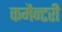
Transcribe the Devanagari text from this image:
कमैन्टरी